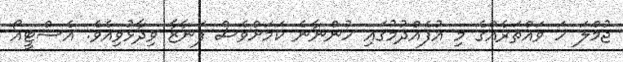
ޖުމްލަ ހަ ވައްތަރެއްގެ މި އުފެއްދުމުގައި ހުންނާނެ ކަމަށްވެސް ފަނާޒާ ވިދާޅުވިއެވެ. އެސްޓީއޯ